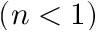
( n < 1 )